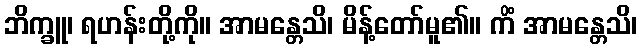
ဘိက္ခူ၊ ရဟန်းတို့ကို။ အာမန္တေသိ၊ မိန့်တော်မူ၏။ ကိံ အာမန္တေသိ၊